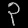
Digit: ၃